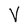
Character: V